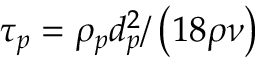
\tau _ { p } = \rho _ { p } d _ { p } ^ { 2 } / \left( 1 8 \rho \nu \right)